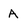
Character: A